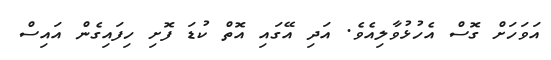
އަވަހަށް ގޮސް އެހުޅުވާލިއެވެ. އަދި އޭގައި އޮތް ކުޑަ ފޮށި ހިފައިގެން އައިސް